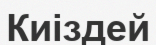
Киіздей